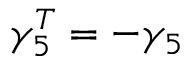
\gamma _ { 5 } ^ { T } = - \gamma _ { 5 }